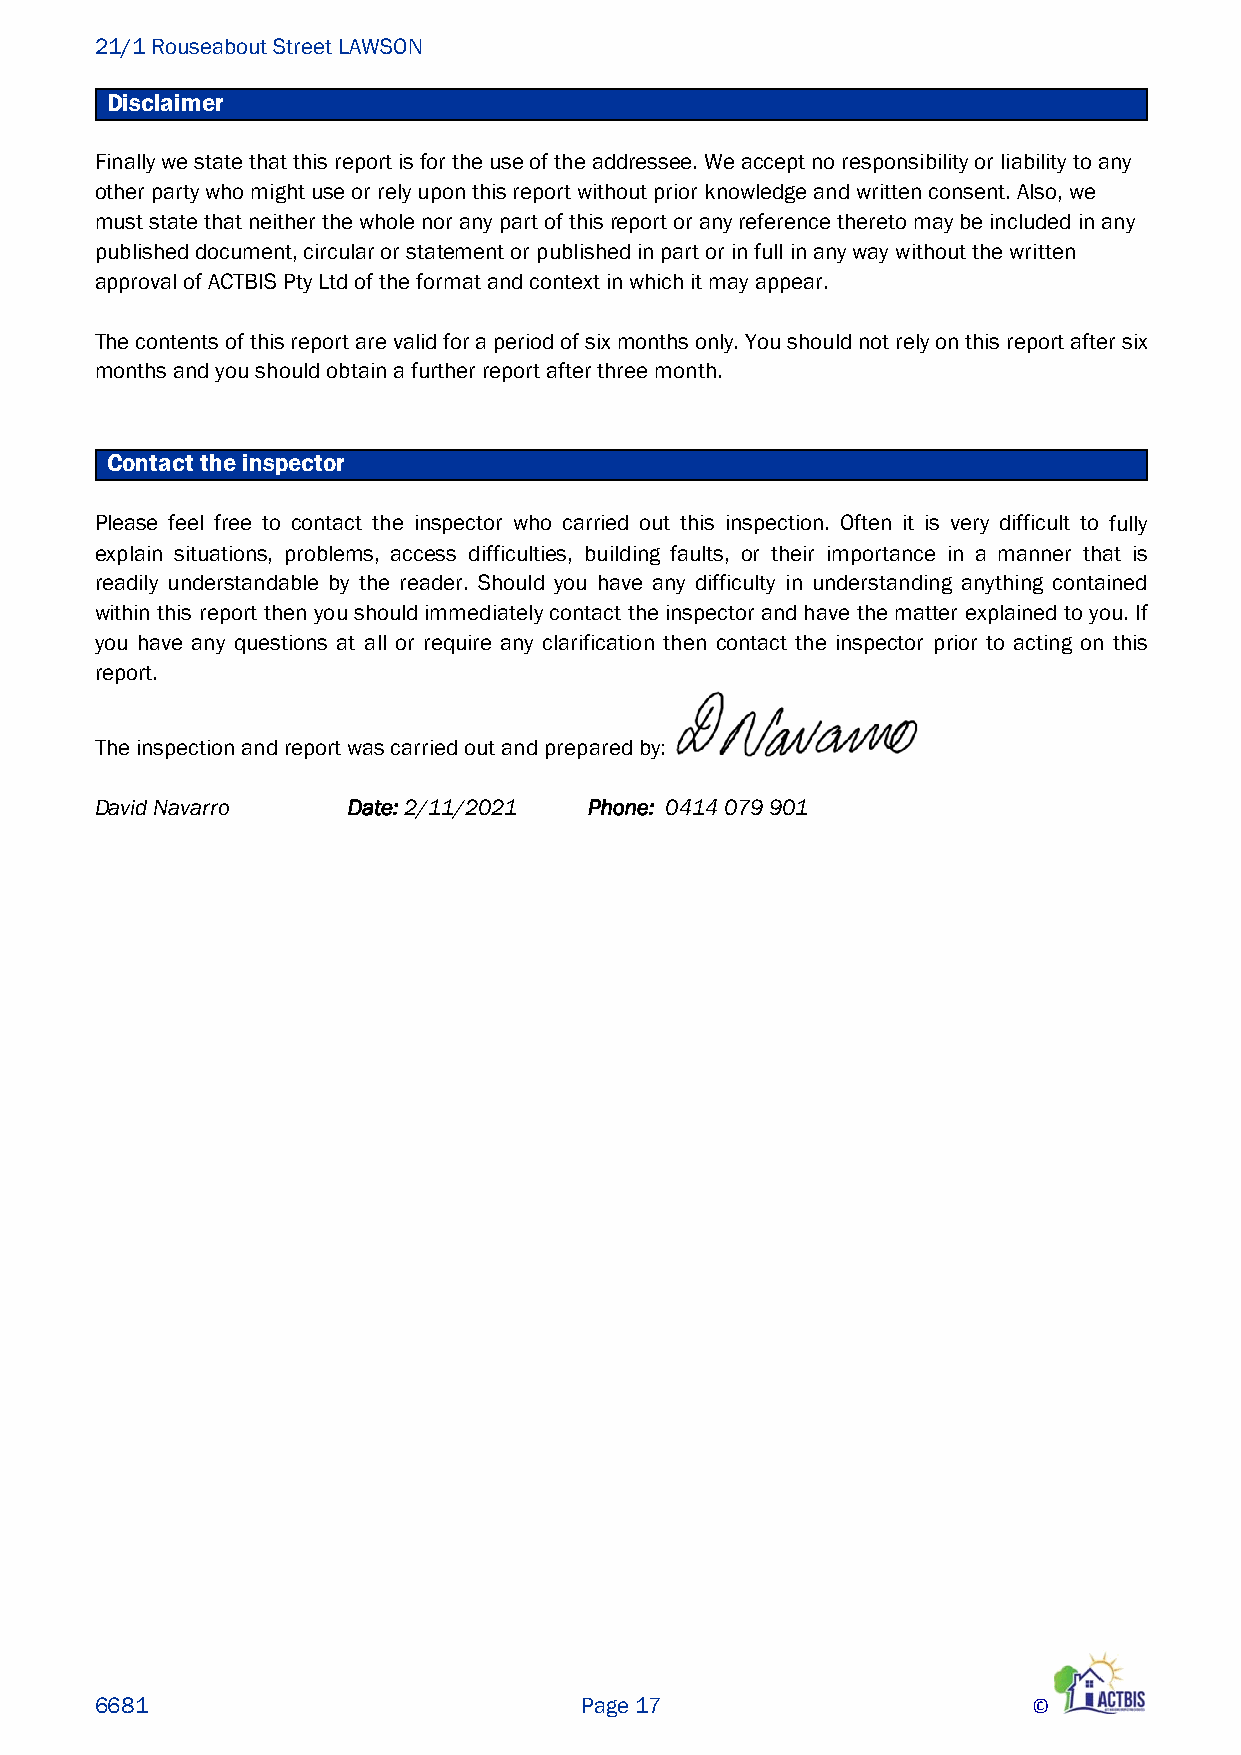
21/1 Rouseabout Street LAWSON
 Disclaimer
 Finally we state that this report is for the use of the addressee. We accept no responsibility or liability to any
 other party who might use or rely upon this report without prior knowledge and written consent. Also, we
 must state that neither the whole nor any part of this report or any reference thereto may be included in any
 published document, circular or statement or published in part or in full in any way without the written
 approval of ACTBIS Pty Ltd of the format and context in which it may appear.
 The contents of this report are valid for a period of six months only. You should not rely on this report after six
 months and you should obtain a further report after three month.
 Contact the inspector
 Please feel free to contact the inspector who carried out this inspection. Often it is very difficult to fully
 explain situations, problems, access difficulties, building faults, or their importance in a manner that is
 readily understandable by the reader. Should you have any difficulty in understanding anything contained
 within this report then you should immediately contact the inspector and have the matter explained to you. If
 you have any questions at all or require any clarification then contact the inspector prior to acting on this
 report.
 The inspection and report was carried out and prepared by:
 David Navarro    Date: 2/11/2021 Phone: 0414 079 901
 6681                            Page 17                       ©